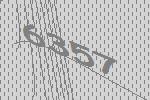
6357